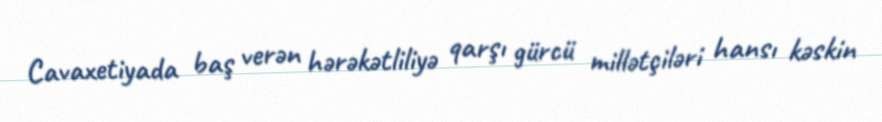
Cavaxetiyada baş verən hərəkətliliyə qarşı gürcü millətçiləri hansı kəskin